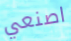
اصنعي